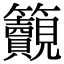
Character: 𥸚